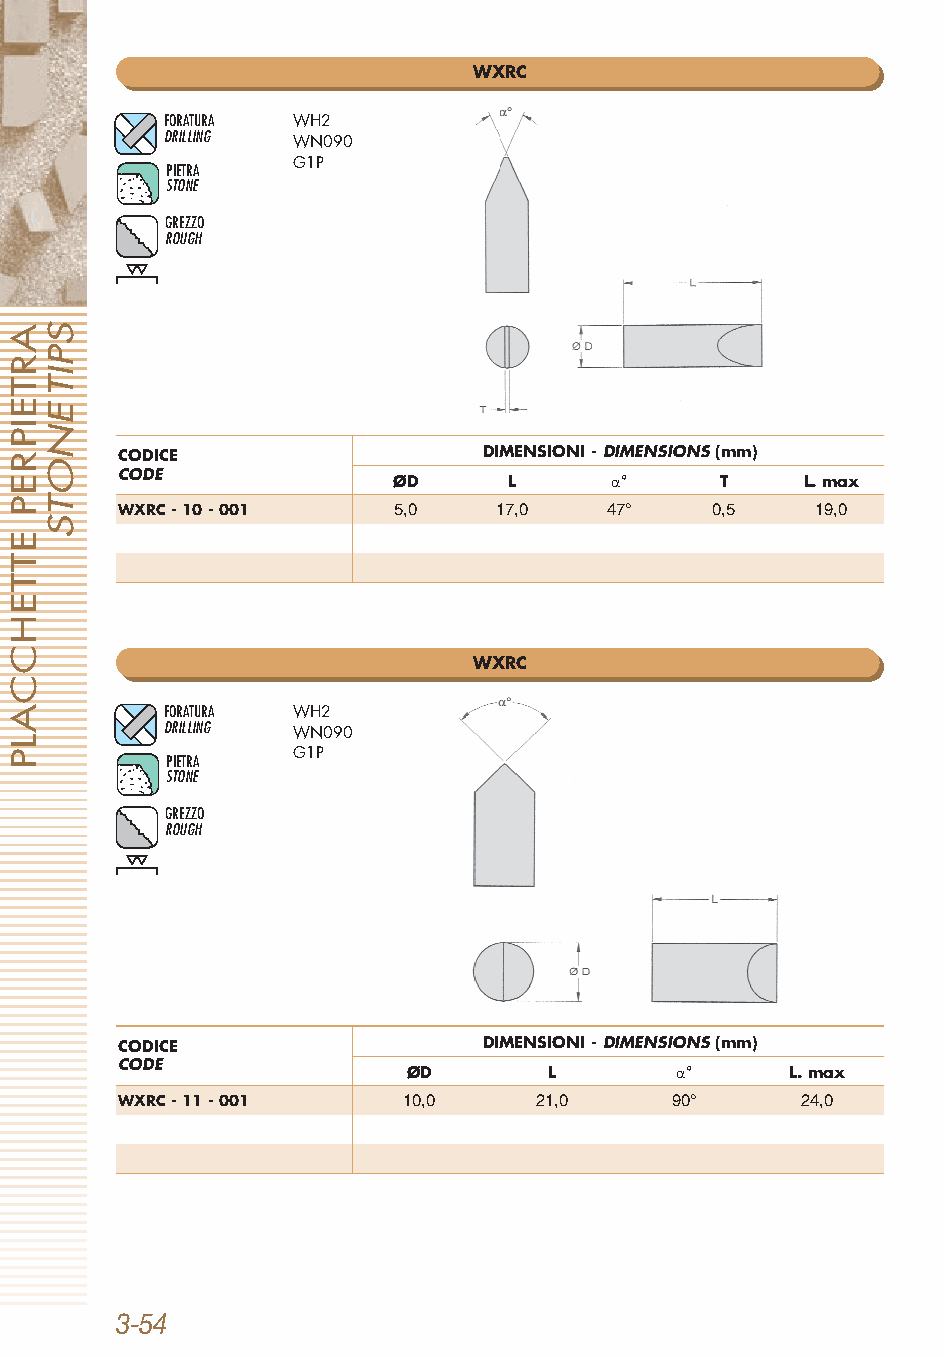
WXRC
 FORATURA WH2
 DRILLING WN090
 G1P
 PIETRA
 STONE
 GREZZO
 ROUGH
 CODICE                  DIMENSIONI - DIMENSIONS(mm)
 CODE
 ØD      L     α°      T    L.max
 WXRC - 10 - 001   5,0    17,0   47°    0,5    19,0
 WXRC
 FORATURA WH2
 DRILLING WN090
 G1P
 PIETRA
 STONE
 GREZZO
 ROUGH
 CODICE                  DIMENSIONI - DIMENSIONS(mm)
 CODE
 ØD       L        α°     L.max
 WXRC - 11 - 001    10,0    21,0     90°      24,0
 3-54
 ARTEIPREP
 ETTEHCCALP
 SPITENOTS